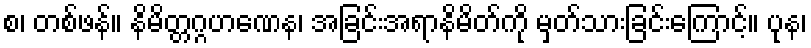
စ၊ တစ်ဖန်။ နိမိတ္တဂ္ဂဟဏေန၊ အခြင်းအရာနိမိတ်ကို မှတ်သားခြင်းကြောင့်။ ပုန၊